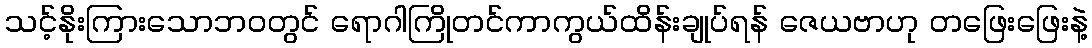
သင့်နိုးကြားသောဘဝတွင် ရောဂါကြိုတင်ကာကွယ်ထိန်းချုပ်ရန် ဇေယဗာဟု တဖြေးဖြေးနဲ့